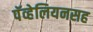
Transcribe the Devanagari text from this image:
पॅव्हेलियनसह